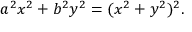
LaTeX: a ^ { 2 } x ^ { 2 } + b ^ { 2 } y ^ { 2 } = ( x ^ { 2 } + y ^ { 2 } ) ^ { 2 } .